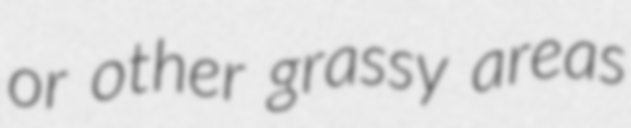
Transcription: or other grassy areas